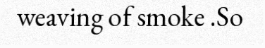
weaving of smoke .So